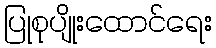
ပြုစုပျိုးထောင်ရေး